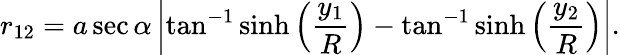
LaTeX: r_{12}=a\sec\alpha\left|\tan^{-1}\sinh\left({\frac{y_{1}}{R}}\right)-\tan^{-1}\sinh\left({\frac{y_{2}}{R}}\right)\right|.